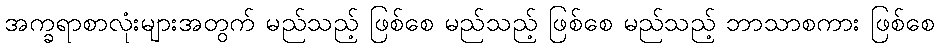
အက္ခရာစာလုံးများအတွက် မည်သည့် ဖြစ်စေ မည်သည့် ဖြစ်စေ မည်သည့် ဘာသာစကား ဖြစ်စေ